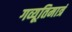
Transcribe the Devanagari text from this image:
गव्यूतिमात्रं